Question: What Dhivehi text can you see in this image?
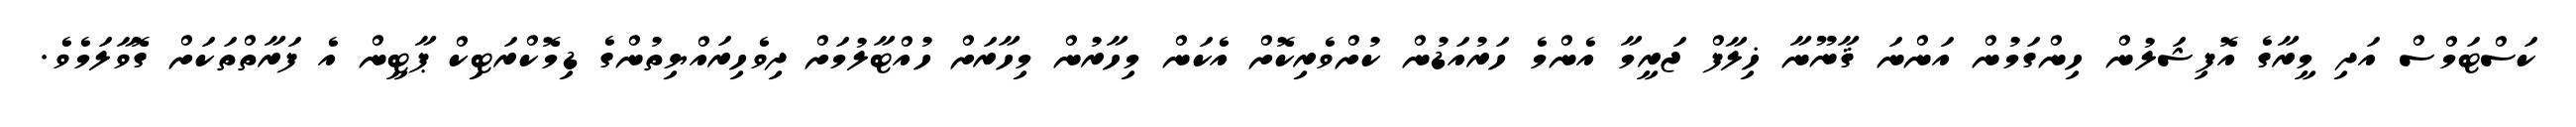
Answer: ކަސްޓަމްސް އަދި މީރާގެ އޮފިޝަލުން ހިންގަމުން އަންނަ ޤާނޫނާ ޚިލާފް ޖަރީމާ އެންމެ ހަރުއަޑުން ކުށްވެރިކޮށް އެކަން މިހާރުން މިހާރަށް ހުއްޓާލުމަށް ދިވެހިރައްޔިތުންގެ ޑިމޮކްރަޓިކް ޕާޓީން އެ ފަރާތްތަކަށް ގޮވާލަމެވެ.